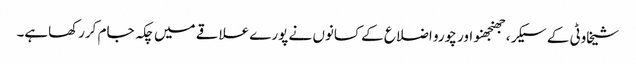
شیخاوٹی کے سیکر، جھنجھنو اور چورو اضلاع کے کسانوں نے پورے علاقے میں چکہ جام کررکھاہے۔